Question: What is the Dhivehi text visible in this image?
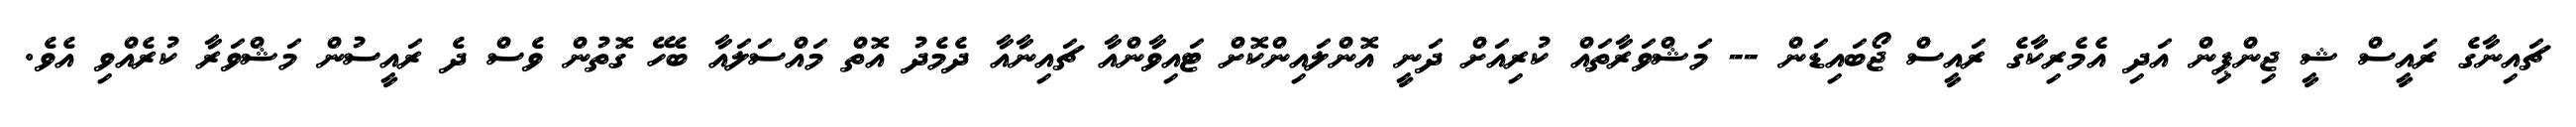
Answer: ޗައިނާގެ ރައީސް ޝީ ޖިންޕިން އަދި އެމެރިކާގެ ރައީސް ޖޯބައިޑަން -- މަޝްވަރާތައް ކުރިއަށް ދަނީ އޮންލައިންކޮށް ޓައިވާންއާ ޗައިނާއާ ދެމެދު އޮތް މައްސަލައާ ބެހޭ ގޮތުން ވެސް ދެ ރައީސުން މަޝްވަރާ ކުރެއްވި އެވެ.